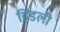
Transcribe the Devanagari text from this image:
हिंडली